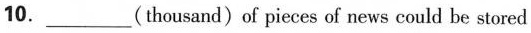
10.___(thousand)of pieces of news could be stored